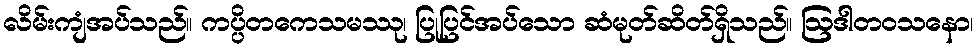
လိမ်းကျံအပ်သည်။ ကပ္ပိတကေသမဿု၊ ပြုပြင်အပ်သော ဆံမုတ်ဆိတ်ရှိသည်။ ဩဒါတဝသနော၊